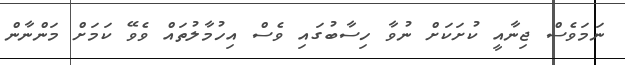
ނަމަވެސް ޖިނާއީ ކުށަކަށް ނުވާ ހިސާބުގައި ވެސް އިހުމާލުތައް ވެވޭ ކަމަށް މަންނާން